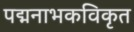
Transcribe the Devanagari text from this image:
पद्मनाभकविकृत